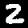
Digit: 2